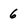
Character: 6